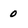
Character: 0